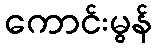
ကောင်းမွန်